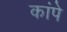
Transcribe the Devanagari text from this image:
कांपे